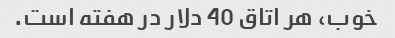
خوب، هر اتاق 40 دلار در هفته است.